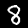
Digit: 8